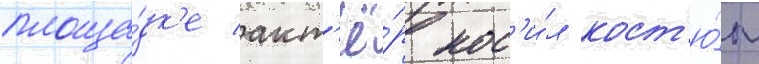
площа́дк'е акт'ё́р нос'и́л кост'ю́м